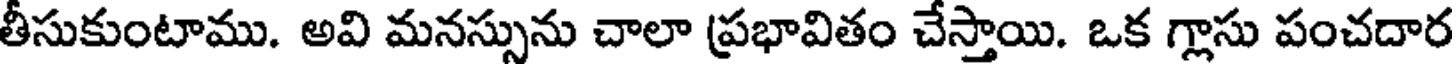
తీసుకుంటాము. అవి మనస్సును చాలా ప్రభావితం చేస్తాయి. ఒక గ్లాసు పంచదార